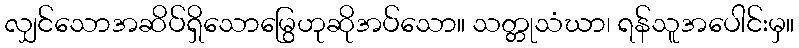
လျှင်သောအဆိပ်ရှိသောမြွေဟုဆိုအပ်သော။ သတ္တုသံဃာ၊ ရန်သူအပေါင်းမှ။